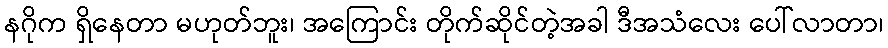
နဂိုက ရှိနေတာ မဟုတ်ဘူး၊ အကြောင်း တိုက်ဆိုင်တဲ့အခါ ဒီအသံလေး ပေါ်လာတာ၊